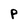
Character: p